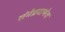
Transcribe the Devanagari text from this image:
रांगेप्रमाणेच